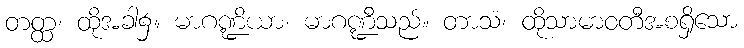
တတ္ထ၊ ထိုအခါ၌။ မာဂဏ္ဍိယာ၊ မာဂဏ္ဍီသည်။ တာသံ၊ ထိုသာမာဝတီအစရှိသော